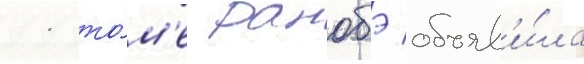
11 то́м'е ранобэ объяв'и́ла